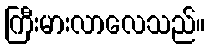
ကြီးမားလာလေသည်။